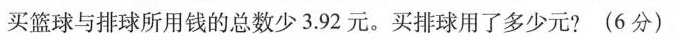
买篮球与排球所用钱的总数少3.92元。买排球用了多少元?(6分)